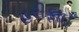
હરીફાઇ